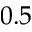
0 . 5